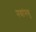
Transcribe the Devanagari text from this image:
नद्यांमधू